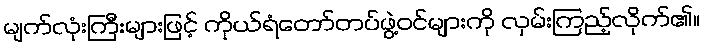
မျက်လုံးကြီးများဖြင့် ကိုယ်ရံတော်တပ်ဖွဲ့ဝင်များကို လှမ်းကြည့်လိုက်၏။